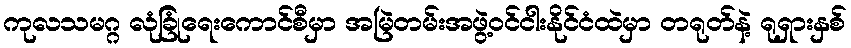
ကုလသမဂ္ဂ လုံခြုံရေးကောင်စီမှာ အမြဲတမ်းအဖွဲ့ဝင်ငါးနိုင်ငံထဲမှာ တရုတ်နဲ့ ရုရှားနှစ်